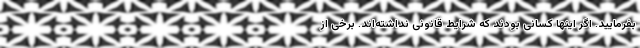
بفرمایید. اگر اینها کسانی بودند که شرایط قانونی نداشته‌اند. برخی از